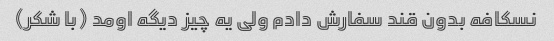
نسکافه بدون قند سفارش دادم ولی یه چیز دیگه اومد (با شکر)